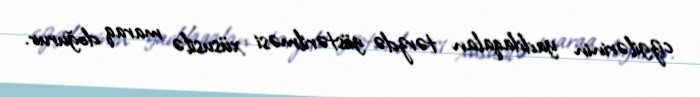
cizgilərinin yaddaqalan tərzdə göstərilməsi xüsusilə maraq doğurur.